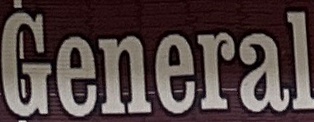
General